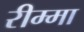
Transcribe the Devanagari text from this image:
रीम्मा